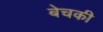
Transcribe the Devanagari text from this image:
बेचकी